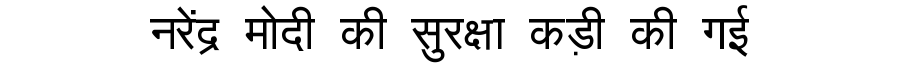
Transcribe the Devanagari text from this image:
नरेंद्र मोदी की सुरक्षा कड़ी की गई